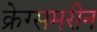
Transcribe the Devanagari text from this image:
क्रेग्समरीन